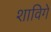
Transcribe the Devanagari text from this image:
शाविगे